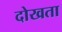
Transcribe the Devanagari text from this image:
दोखता